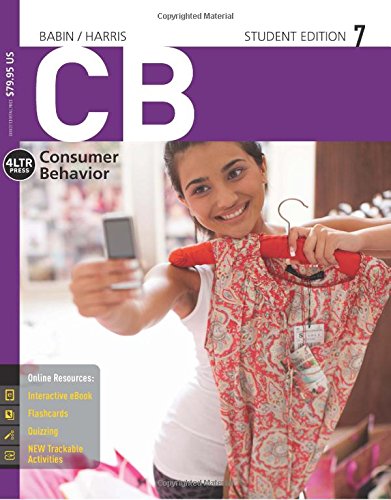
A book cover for CB 7 (with CourseMate and Career Transitions 2.0, 1 term (6 months) Printed Access Card) (New, Engaging Titles from 4LTR Press); Barry J. Babin; Business & Money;